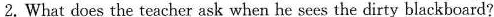
2.What does the teacher ask when he sees the dirty blackboard?